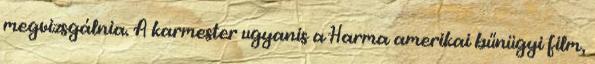
megvizsgálnia. A karmester ugyanis a Harma amerikai bűnügyi film,